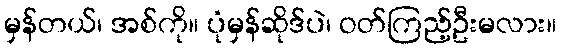
မှန်တယ်၊ အစ်ကို။ ပုံမှန်ဆိုဒ်ပဲ၊ ဝတ်ကြည့်ဦးမလား။